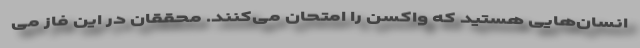
انسان‌هایی هستید که واکسن را امتحان می‌کنند. محققان در این فاز می